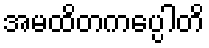
အမထိတကပ္ပေါတိ